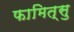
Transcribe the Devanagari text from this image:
फामित्सु